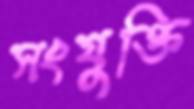
সংযুক্তি